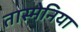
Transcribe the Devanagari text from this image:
तास्मेनिया